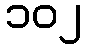
၁၀၂